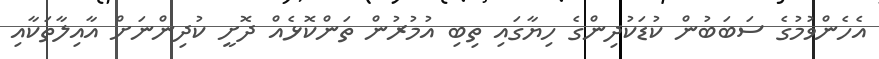
އެހެންވުމުގެ ސަބަބުން ކުޑަކުދިންގެ ހިޔާގައި ތިބި އުމުރުން ތަންކޮޅެއް ދޮށީ ކުދިންނަށް އާއިލާތަކާއި